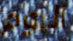
اليوم